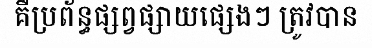
គឺប្រព័ន្ធផ្សព្វផ្សាយផ្សេងៗ ត្រូវបាន